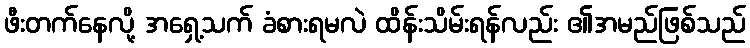
ဖီးတက်နေလို့ အရှေ့သက် ခံစားရမလဲ ထိန်းသိမ်းရန်လည်း ၏အမည်ဖြစ်သည်